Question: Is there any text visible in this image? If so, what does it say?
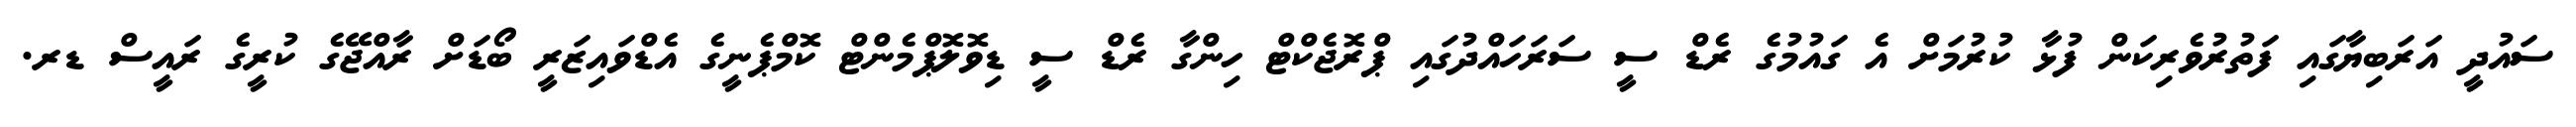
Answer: ސައުދީ އަރަބިޔާގައި ފަތުރުވެރިކަން ފުޅާ ކުރުމަށް އެ ގައުމުގެ ރެޑް ސީ ސަރަހައްދުގައި ޕްރޮޖެކްޓް ހިންގާ ރެޑް ސީ ޑިވޮލޮޕްމެންޓް ކޮމްޕެނީގެ އެޑްވައިޒަރީ ބޯޑަށް ރާއްޖޭގެ ކުރީގެ ރައީސް ޑރ.